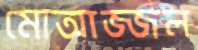
মোআজ্জল